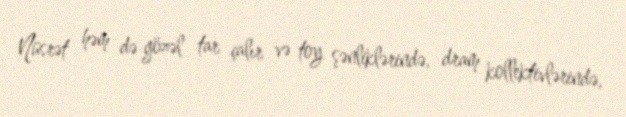
Nüsrət həm də gözəl tar çalır və toy şənliklərində, dram kollektivlərində,